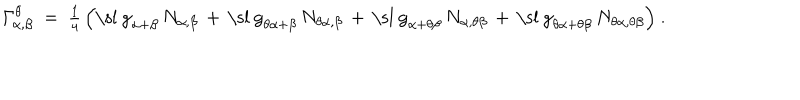
LaTeX: { \mit { \Gamma } } _ { \alpha , \beta } ^ { \theta } ~ = ~ { \textstyle { \frac { 1 } { 4 } } } \, \Bigl ( \mathrm { \ s l ~ g } _ { \alpha + \beta } \, N _ { \alpha , \beta } \, + \, \mathrm { \ s l ~ g } _ { \theta \alpha + \beta } \, N _ { \theta \alpha , \beta } \, + \, \mathrm { \ s l ~ g } _ { \alpha + \theta \beta } \, N _ { \alpha , \theta \beta } \, + \, \mathrm { \ s l ~ g } _ { \theta \alpha + \theta \beta } \, N _ { \theta \alpha , \theta \beta } \Bigr ) ~ .